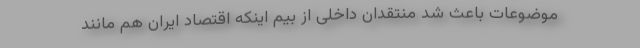
موضوعات باعث شد منتقدان داخلی از بیم اینکه اقتصاد ایران هم مانند